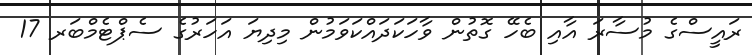
ރައީސްގެ މުސާރަ އާއި ބެހޭ ގޮތުން ވާހަކަދައްކަވަމުން މިދިޔަ އަހަރުގެ ސެޕްޓެމްބަރ 17